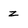
Character: z